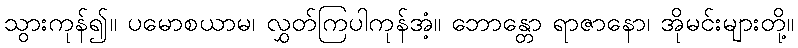
သွားကုန်၍။ ပမောစယာမ၊ လွှတ်ကြပါကုန်အံ့။ ဘောန္တော ရာဇာနော၊ အိုမင်းများတို့။